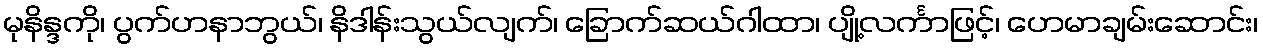
မုနိန္ဒကို၊ ပွက်ဟနာဘွယ်၊ နိဒါန်းသွယ်လျက်၊ ခြောက်ဆယ်ဂါထာ၊ ပျို့လင်္ကာဖြင့်၊ ဟေမာချမ်းဆောင်း၊